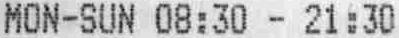
MON-SUN 08:30 - 21:30